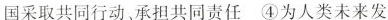
国采取共同行动、承担共同责任 ④为人类未来发